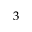
3